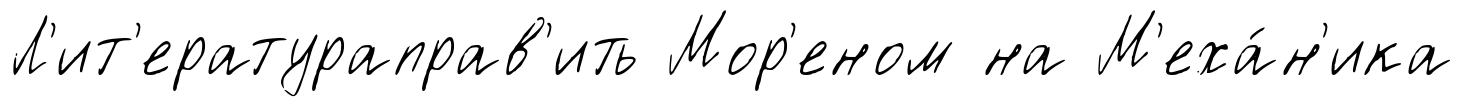
Л'ит'ератураправ'ить Мор'еном на М'еха́н'ика